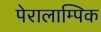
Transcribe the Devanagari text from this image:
पेरालाम्पिक